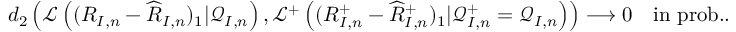
\begin{array} { r } { d _ { 2 } \left( \mathcal { L } \left( ( R _ { I , n } - \widehat { R } _ { I , n } ) _ { 1 } | \mathcal { Q } _ { I , n } \right) , \mathcal { L } ^ { + } \left( ( R _ { I , n } ^ { + } - \widehat { R } _ { I , n } ^ { + } ) _ { 1 } | \mathcal { Q } _ { I , n } ^ { + } = \mathcal { Q } _ { I , n } \right) \right) \longrightarrow 0 \quad \mathrm { i n ~ p r o b . . } } \end{array}